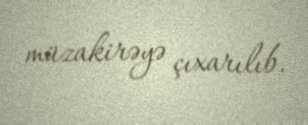
müzakirəyə çıxarılıb.